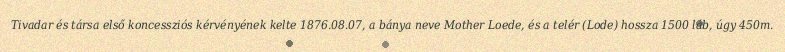
Tivadar és társa első koncessziós kérvényének kelte 1876.08.07, a bánya neve Mother Loede, és a telér (Lode) hossza 1500 láb, úgy 450m.